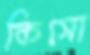
কিসো